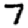
Digit: 7